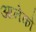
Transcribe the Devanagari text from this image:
आनेको